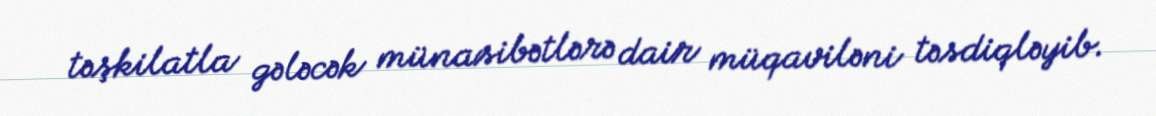
təşkilatla gələcək münasibətlərə dair müqaviləni təsdiqləyib.